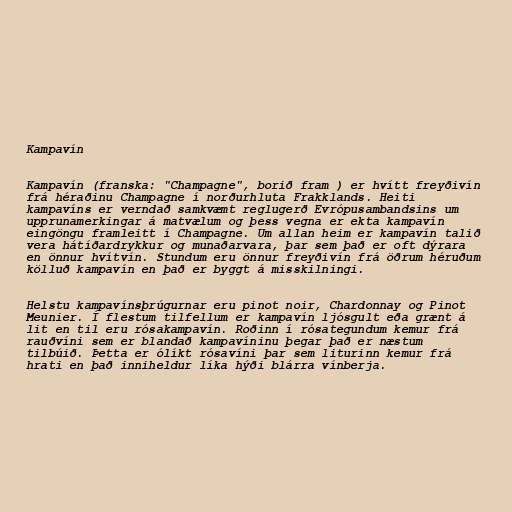
Kampavín

Kampavín (franska: "Champagne", borið fram ) er hvítt freyðivín
frá héraðinu Champagne í norðurhluta Frakklands. Heiti
kampavíns er verndað samkvæmt reglugerð Evrópusambandsins um
upprunamerkingar á matvælum og þess vegna er ekta kampavín
eingöngu framleitt í Champagne. Um allan heim er kampavín talið
vera hátíðardrykkur og munaðarvara, þar sem það er oft dýrara
en önnur hvítvín. Stundum eru önnur freyðivín frá öðrum héruðum
kölluð kampavín en það er byggt á misskilningi.

Helstu kampavínsþrúgurnar eru pinot noir, Chardonnay og Pinot
Meunier. Í flestum tilfellum er kampavín ljósgult eða grænt á
lit en til eru rósakampavín. Roðinn í rósategundum kemur frá
rauðvíni sem er blandað kampavíninu þegar það er næstum
tilbúið. Þetta er ólíkt rósavíni þar sem liturinn kemur frá
hrati en það inniheldur líka hýði blárra vínberja.